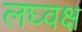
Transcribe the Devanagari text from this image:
लघ्वक्ष